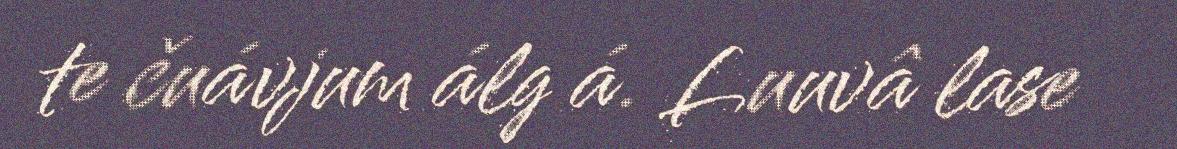
te čuávjum álg á. Luuvâ lase